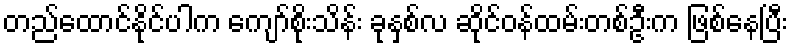
တည်ထောင်နိုင်ပါက ကျော်စိုးသိန်း ခုနှစ်လ ဆိုင်ဝန်ထမ်းတစ်ဦးက ဖြစ်နေပြီး